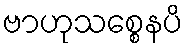
ဗာဟုသစ္စေနပိ